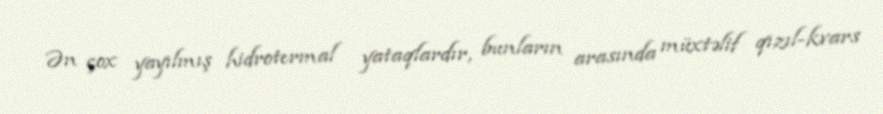
Ən çox yayılmış hidrotermal yataqlardır, bunların arasında müxtəlif qızıl-kvars